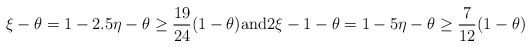
\begin{align*}\xi-\theta = 1-2.5\eta-\theta \ge \frac{19}{24} (1-\theta) \textrm{and} 2\xi-1-\theta = 1-5\eta-\theta \ge \frac{7}{12} (1-\theta)\end{align*}